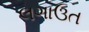
લગાઉત